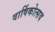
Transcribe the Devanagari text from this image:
वार्षिकोत्‍सव